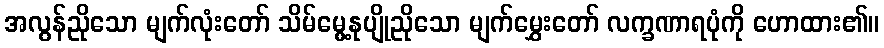
အလွန်ညိုသော မျက်လုံးတော် သိမ်မွေ့နုပျိုညိုသော မျက်မွှေးတော် လက္ခဏာရပုံကို ဟောထား၏။